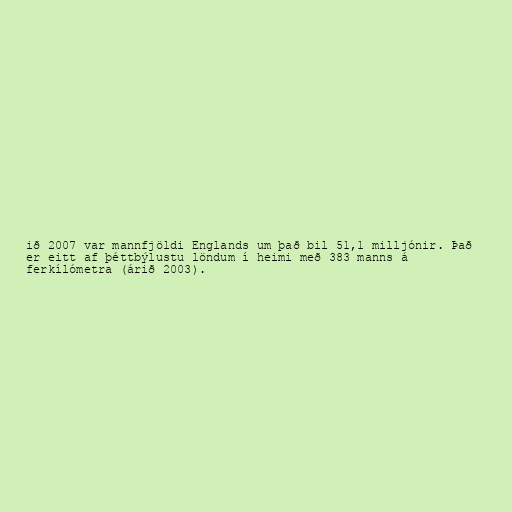
ið 2007 var mannfjöldi Englands um það bil 51,1 milljónir. Það
er eitt af þéttbýlustu löndum í heimi með 383 manns á
ferkílómetra (árið 2003).